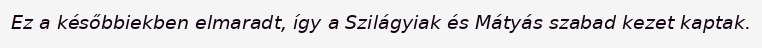
Ez a későbbiekben elmaradt, így a Szilágyiak és Mátyás szabad kezet kaptak.